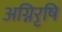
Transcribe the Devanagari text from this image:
अग्निरृषि